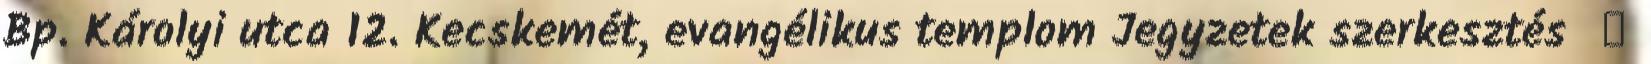
Bp. Károlyi utca 12. Kecskemét, evangélikus templom Jegyzetek szerkesztés ↑